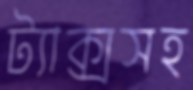
ট্যাক্সসহ